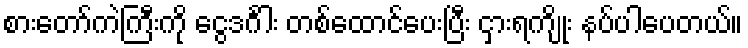
စားတော်ကဲကြီးကို ငွေဒင်္ဂါး တစ်ထောင်ပေးပြီး ငှားရကျိုး နပ်ပါပေတယ်။